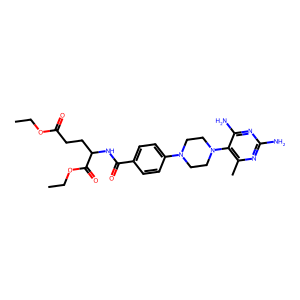
SMILES: CCOC(=O)CCC(NC(=O)c1ccc(N2CCN(c3c(C)nc(N)nc3N)CC2)cc1)C(=O)OCC
Inhibits HIV replication: No